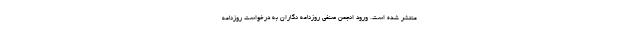
منتشر شده است. ورود انجمن صنفی روزنامه نگاران به درخواست روزنامه